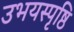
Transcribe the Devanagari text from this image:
उभयस्पृष्ठि